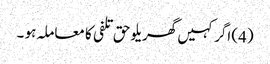
(4) اگر کہیں گھریلو حق تلفی کا معاملہ ہو ۔